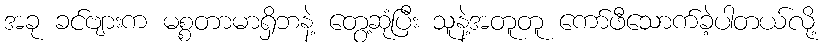
အခု ခင်ဗျားက မစ္စတာမာရှိဘနဲ့ တွေ့ဆုံပြီး သူနဲ့အတူတူ ကော်ဖီသောက်ခဲ့ပါတယ်လို့